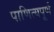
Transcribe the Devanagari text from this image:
पाणित्यपूर्ण